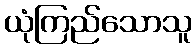
ယုံကြည်သောသူ